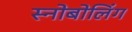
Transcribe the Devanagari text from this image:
स्नोबोलिंग